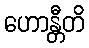
ဟောန္တီတိ